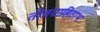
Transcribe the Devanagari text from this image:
तीवग्राहिताभ